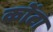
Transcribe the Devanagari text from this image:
कोंटा